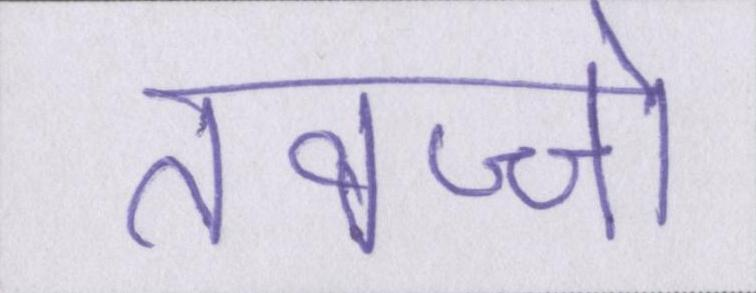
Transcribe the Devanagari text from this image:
तवज्जो